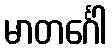
မာတင်္ဂေါ